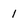
Character: 1